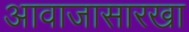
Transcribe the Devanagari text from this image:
आवाजासारखा